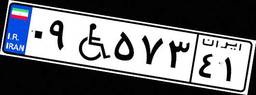
۹۹W۱۶۶۸۹